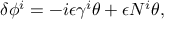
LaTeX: \delta \phi ^ { i } = - i \epsilon \gamma ^ { i } \theta + \epsilon N ^ { i } \theta ,